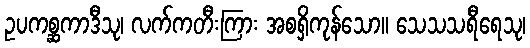
ဥပကစ္ဆကာဒီသု၊ လက်ကတီးကြား အစရှိကုန်သော။ သေသသရီရေသု၊